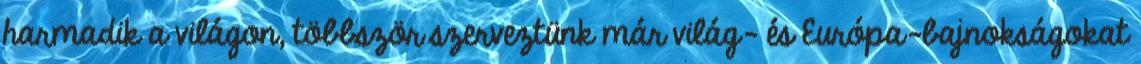
harmadik a világon, többször szerveztünk már világ- és Európa-bajnokságokat